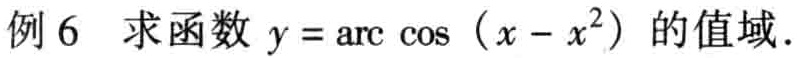
例 6 求函数 \(y = \arccos(x - x^{2})\) 的值域.